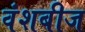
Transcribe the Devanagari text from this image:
वंशबीज